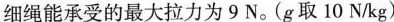
细绳能承受的最大拉力为 9 N。(g取 10 N/kg)